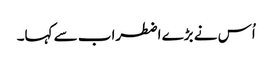
اُس نے بڑے اضطراب سے کہا۔